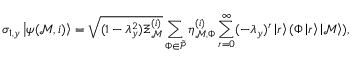
\sigma _ { 1 , y } \left| \psi ( \mathcal { M } , i ) \right> = \sqrt { ( 1 - \lambda _ { y } ^ { 2 } ) \Xi _ { \mathcal { M } } ^ { ( i ) } } \sum _ { \Phi \in \Tilde { \mathcal { P } } } \eta _ { \mathcal { M } , \Phi } ^ { ( i ) } \sum _ { r = 0 } ^ { \infty } ( - \lambda _ { y } ) ^ { r } \left| r \right> ( \Phi \left| r \right> \left| \mathcal { M } \right> ) ,